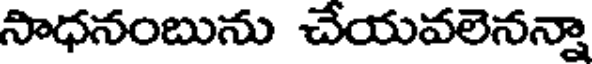
సాధనంబును చేయవలెనన్నా